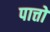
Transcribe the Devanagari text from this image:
पात्तों